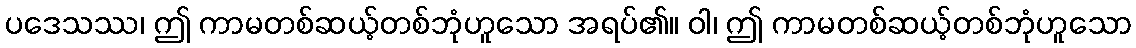
ပဒေသဿ၊ ဤ ကာမတစ်ဆယ့်တစ်ဘုံဟူသော အရပ်၏။ ဝါ၊ ဤ ကာမတစ်ဆယ့်တစ်ဘုံဟူသော